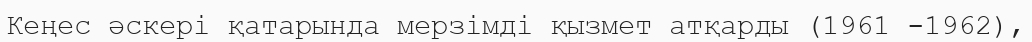
Кеңес әскері қатарында мерзімді қызмет атқарды (1961 -1962),